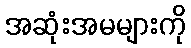
အဆုံးအမများကို